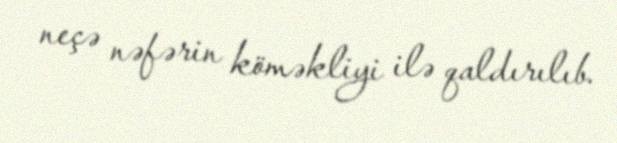
neçə nəfərin köməkliyi ilə qaldırılıb.